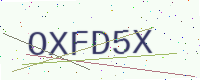
Text: OXFD5X